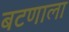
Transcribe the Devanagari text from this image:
बटणाला